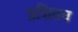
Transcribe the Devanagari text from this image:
प्रशितन